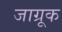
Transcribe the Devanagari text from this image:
जाग्रूक